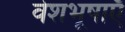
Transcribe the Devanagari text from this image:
वेशभूषाएँ